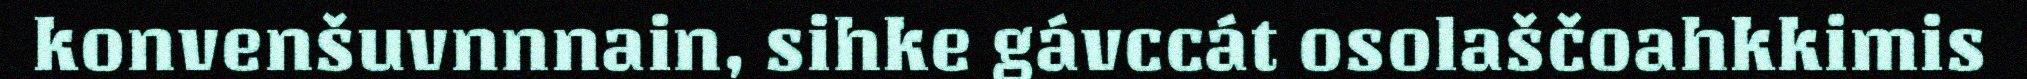
konvenšuvnnnain, sihke gávccát osolaščoahkkimis